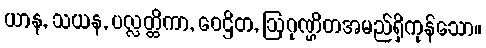
ယာန, သယန, ပလ္လတ္ထိကာ, ဝေဌိတ, ဩဂုဏ္ဌိတအမည်ရှိကုန်သော။